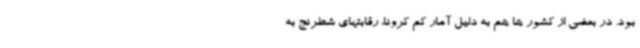
بود. در بعضی از کشور ها هم به دلیل آمار کم کرونا، رقابتهای شطرنج به